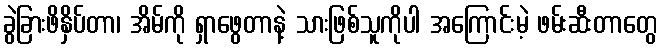
ခွဲခြားဖိနှိပ်တာ၊ အိမ်ကို ရှာဖွေတာနဲ့ သားဖြစ်သူကိုပါ အကြောင်းမဲ့ ဖမ်းဆီးတာတွေ